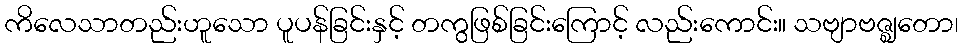
ကိလေသာတည်းဟူသော ပူပန်ခြင်းနှင့် တကွဖြစ်ခြင်းကြောင့် လည်းကောင်း။ သဗျာဗဇ္ဈတော၊